Source: Handwritten
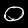
Digit: ၀ (0)